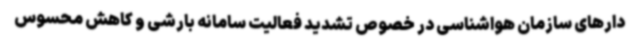
دارهای سازمان هواشناسی در خصوص تشدید فعالیت سامانه بارشی و کاهش محسوس